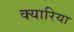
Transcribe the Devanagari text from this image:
क्यारिया